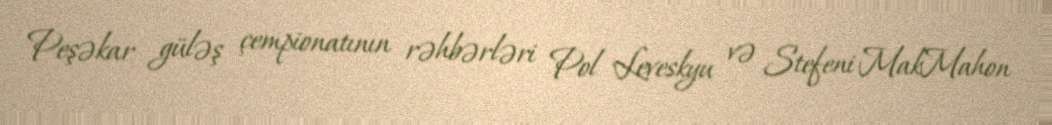
Peşəkar güləş çempionatının rəhbərləri Pol Leveskyu və Stefeni MakMahon